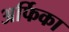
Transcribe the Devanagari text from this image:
अर्फिका